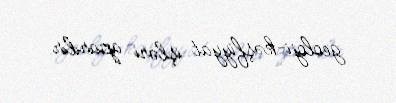
geoloji-kəşfiyyat işləri aparılır.